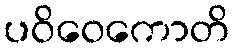
ပဝိဝေကောတိ